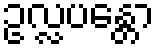
ဥလ္လပန္တော